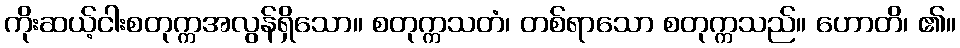
ကိုးဆယ့်ငါးစတုက္ကအလွန်ရှိသော။ စတုက္ကသတံ၊ တစ်ရာသော စတုက္ကသည်။ ဟောတိ၊ ၏။